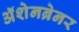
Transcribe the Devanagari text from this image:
ॲशेनब्रेनर